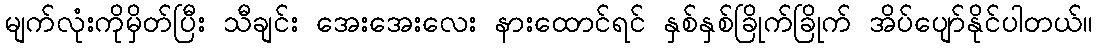
မျက်လုံးကိုမှိတ်ပြီး သီချင်း အေးအေးလေး နားထောင်ရင် နှစ်နှစ်ခြိုက်ခြိုက် အိပ်ပျော်နိုင်ပါတယ်။